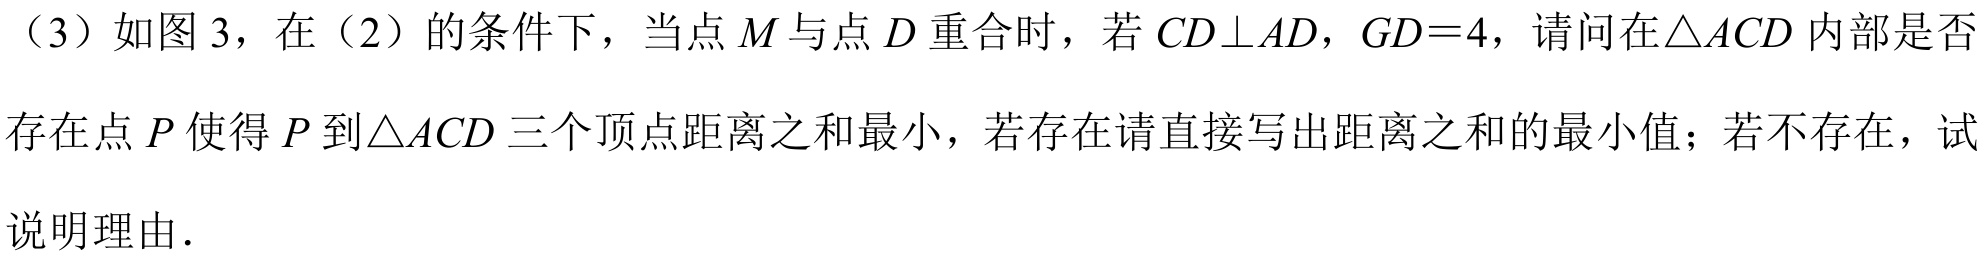
（3）如图 3，在（2）的条件下，当点 \(M\) 与点 \(D\) 重合时，若 \(CD\perp AD\)，\(GD = 4\)，请问在\(\triangle ACD\) 内部是否存在点 \(P\) 使得 \(P\) 到\(\triangle ACD\) 三个顶点距离之和最小，若存在请直接写出距离之和的最小值；若不存在，试说明理由．